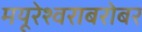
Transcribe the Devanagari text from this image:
मयूरेश्वराबरोबर